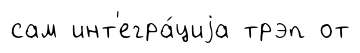
сам инт'егра́циjа трэп от